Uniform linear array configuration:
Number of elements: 64
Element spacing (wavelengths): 0.75
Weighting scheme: hann
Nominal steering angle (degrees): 45
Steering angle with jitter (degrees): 44.26
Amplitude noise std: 0.05
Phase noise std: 0.05

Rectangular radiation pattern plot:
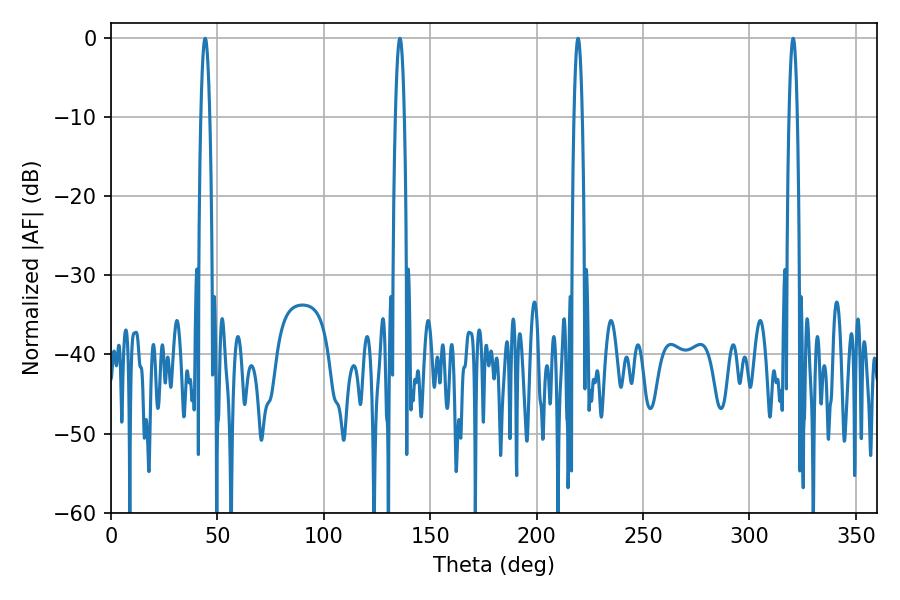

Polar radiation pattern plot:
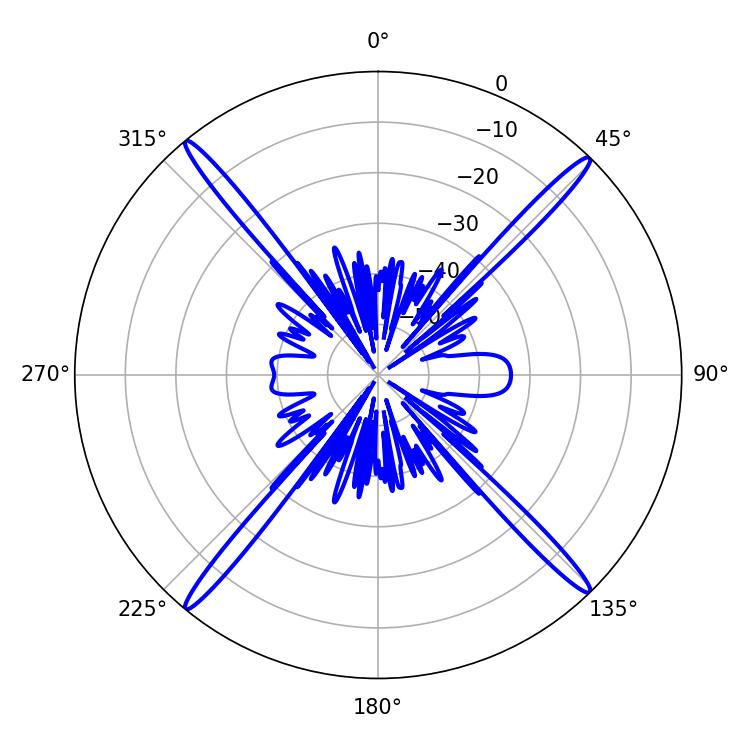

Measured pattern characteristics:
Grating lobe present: TRUE
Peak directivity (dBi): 23.166
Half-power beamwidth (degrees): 2.16
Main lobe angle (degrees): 44.28